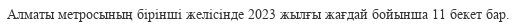
Алматы метросының бірінші желісінде 2023 жылғы жағдай бойынша 11 бекет бар.